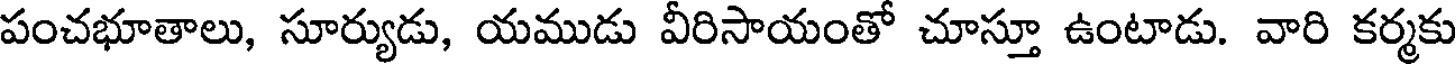
పంచభూతాలు, సూర్యుడు, యముడు వీరిసాయంతో చూస్తూ ఉంటాడు. వారి కర్మకు